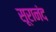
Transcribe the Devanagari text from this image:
सूरानंद